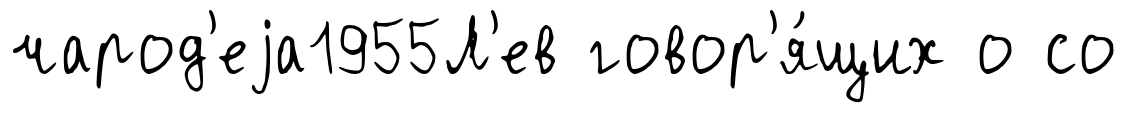
чарод'еjа1955Л'ев говор'я́щих о со